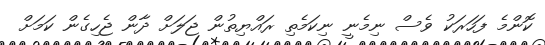
ކޮންމެ ފަހަރަކު ވެސް ނިމެނީ ނިކަމެތި ރައްޔިތުން ޖަލަަށް ދާން ޖެހިގެން ކަމަށް